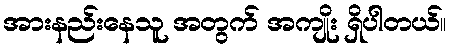
အားနည်းနေသူ အတွက် အကျိုး ရှိပါတယ်။